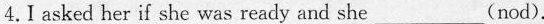
4.I asked her if she was ready and she___(nod).